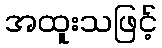
အထူးသဖြင့်